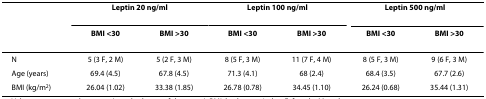
<table><thead><tr><td></td><td colspan="2"><b>Leptin 20 ng/ml</b></td><td colspan="2"><b>Leptin 100 ng/ml</b></td><td colspan="2"><b>Leptin 500 ng/ml</b></td></tr><tr><td></td><td><b>BMI &lt;30</b></td><td><b>BMI &gt;30</b></td><td><b>BMI &lt;30</b></td><td><b>BMI &gt;30</b></td><td><b>BMI &lt;30</b></td><td><b>BMI &gt;30</b></td></tr></thead><tbody><tr><td>N</td><td>5 (3 F, 2 M)</td><td>5 (2 F, 3 M)</td><td>8 (5 F, 3 M)</td><td>11 (7 F, 4 M)</td><td>8 (5 F, 3 M)</td><td>9 (6 F, 3 M)</td></tr><tr><td>Age (years)</td><td>69.4 (4.5)</td><td>67.8 (4.5)</td><td>71.3 (4.1)</td><td>68 (2.4)</td><td>68.4 (3.5)</td><td>67.7 (2.6)</td></tr><tr><td>BMI (kg/m<sup>2</sup>)</td><td>26.04 (1.02)</td><td>33.38 (1.85)</td><td>26.78 (0.78)</td><td>34.45 (1.10)</td><td>26.24 (0.68)</td><td>35.44 (1.31)</td></tr></tbody></table>